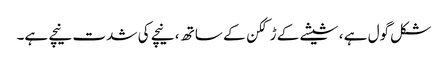
شکل گول ہے ، شیشے کے ڑککن کے ساتھ ، نیچے کی شدت نیچے ہے۔